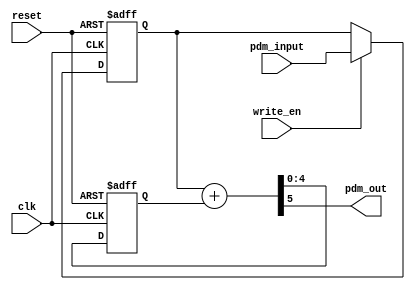
// 5-bit PDM driver

module pdm(
    input [4:0] pdm_input,
    input       write_en,
    input       clk, reset,    
    output      pdm_out
);

reg [4:0] accumulator;
reg [4:0] input_reg;

wire [5:0] sum;

assign sum = input_reg + accumulator;
assign pdm_out = sum[5];

always @(posedge clk or posedge reset) begin
    if (reset) begin 
        input_reg <= 5'h00 ;
        accumulator <= 5'h00;
    end else begin
        accumulator <= sum[4:0];
        if (write_en) input_reg <= pdm_input ;
    end
end

endmodule